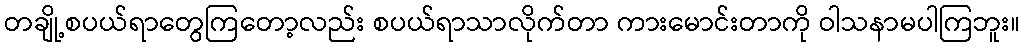
တချို့စပယ်ရာတွေကြတော့လည်း စပယ်ရာသာလိုက်တာ ကားမောင်းတာကို ဝါသနာမပါကြဘူး။